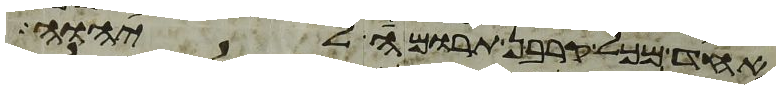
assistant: אחד מכל קרבן תרומה ליהוה